Scottish Leaving Certificate Examination, 1959
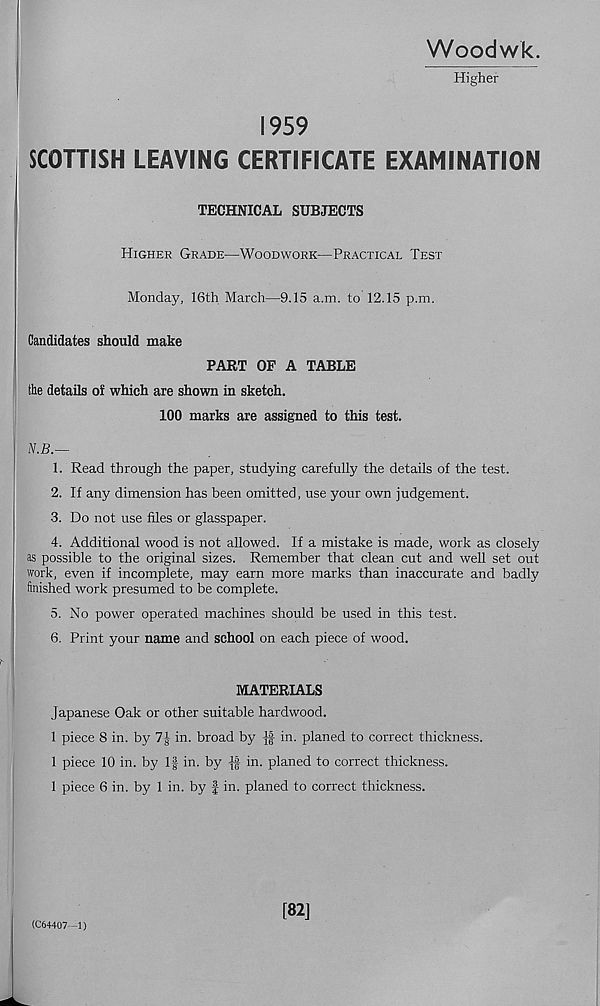
Woodwk.
Higher
1959
SCOTTISH LEAVING CERTIFICATE EXAMINATION
TECHNICAL SUBJECTS
Higher Grade—Woodwork—Practical Test
Monday, 16th March—9.15 a.m. to 12.15 p.m.
Candidates should make
PART OF A TABLE
the details of which are shown in sketch.
100 marks are assigned to this test.
N.B.—
1. Read through the paper, studying carefully the details of the test.
2. If any dimension has been omitted, use your own judgement.
3. Do not use files or glasspaper.
4. Additional wood is not allowed. If a mistake is made, work as closely
as possible to the original sizes. Remember that clean cut and well set out
work, even if incomplete, may earn more marks than inaccurate and badly
finished work presumed to be complete.
5. No power operated machines should be used in this test.
6. Print your name and school on each piece of wood.
MATERIALS
Japanese Oak or other suitable hardwood.
1 piece 8 in. by 7J in. broad by Jf in. planed to correct thickness.
1 piece 10 in. by If in. by J| in. planed to correct thickness.
1 piece 6 in. by 1 in. by | in. planed to correct thickness.
[82]
(C64407 -1)